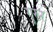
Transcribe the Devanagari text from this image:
गुरुर